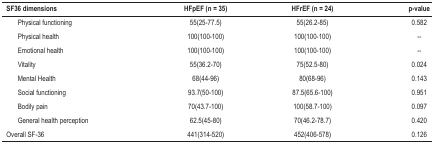
<table><thead><tr><td><b>SF36 dimensions</b></td><td><b>HFpEF (n = 35)</b></td><td><b>HFrEF (n = 24)</b></td><td><b>p-value</b></td></tr></thead><tbody><tr><td>Physical functioning</td><td>55(25-77.5)</td><td>55(26.2-85)</td><td>0.582</td></tr><tr><td>Physical health</td><td>100(100-100)</td><td>100(100-100)</td><td>--</td></tr><tr><td>Emotional health</td><td>100(100-100)</td><td>100(100-100)</td><td>--</td></tr><tr><td>Vitality</td><td>55(36.2-70)</td><td>75(52.5-80)</td><td>0.024</td></tr><tr><td>Mental Health</td><td>68(44-96)</td><td>80(68-96)</td><td>0.143</td></tr><tr><td>Social functioning</td><td>93.7(50-100)</td><td>87.5(65.6-100)</td><td>0.951</td></tr><tr><td>Bodily pain</td><td>70(43.7-100)</td><td>100(58.7-100)</td><td>0.097</td></tr><tr><td>General health perception</td><td>62.5(45-80)</td><td>70(46.2-78.7)</td><td>0.420</td></tr><tr><td>Overall SF-36</td><td>441(314-520)</td><td>452(406-578)</td><td>0.126</td></tr></tbody></table>